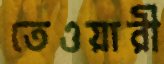
তেওয়ারী